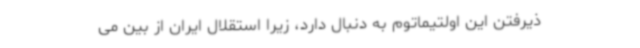
ذیرفتن این اولتیماتوم به دنبال دارد، زیرا استقلال ایران از بین می